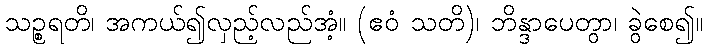
သဉ္စရတိ၊ အကယ်၍လှည့်လည်အံ့။ (ဧဝံ သတိ)၊ ဘိန္ဒာပေတွာ၊ ခွဲစေ၍။